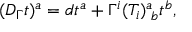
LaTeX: ( D _ { \Gamma } t ) ^ { a } = d t ^ { a } + \Gamma ^ { i } ( T _ { i } ) _ { \, \, b } ^ { a } t ^ { b } ,